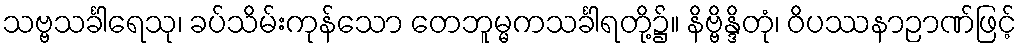
သဗ္ဗသင်္ခါရေသု၊ ခပ်သိမ်းကုန်သော တေဘူမ္မကသင်္ခါရတို့၌။ နိဗ္ဗိန္ဒိတုံ၊ ဝိပဿနာဉာဏ်ဖြင့်